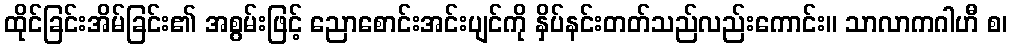
ထိုင်ခြင်းအိမ်ခြင်း၏ အစွမ်းဖြင့် ညောစောင်းအင်းပျင်ကို နှိပ်နင်းတတ်သည်လည်းကောင်း။ သာလာကဂါဟီ စ၊